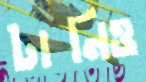
টানিও